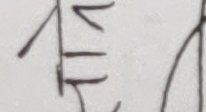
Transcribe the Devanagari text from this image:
त